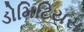
ડોમિટિયસ